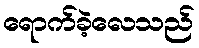
ရောက်ခဲ့လေသည်